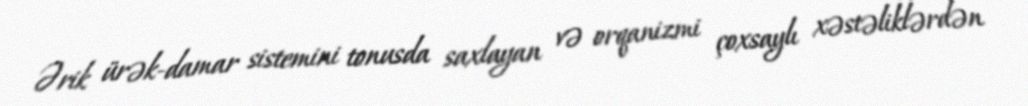
Ərik ürək-damar sistemini tonusda saxlayan və orqanizmi çoxsaylı xəstəliklərdən